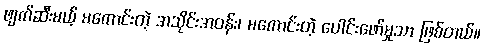
ဖျက်ဆီးမယ့် မကောင်းတဲ့ အသိုင်းအဝန်း၊ မကောင်းတဲ့ ပေါင်းဖော်မှုသာ ဖြစ်တယ်။